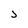
Character: J